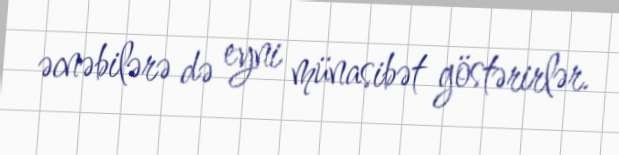
əcnəbilərə də eyni münasibət göstərirlər.